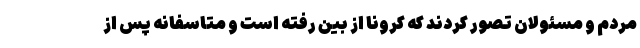
مردم و مسئولان تصور کردند که کرونا از بین رفته است و متاسفانه پس از